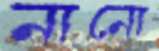
নানো